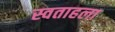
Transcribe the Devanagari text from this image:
स्वताहला